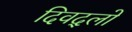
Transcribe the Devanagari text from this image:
दिवद्लो